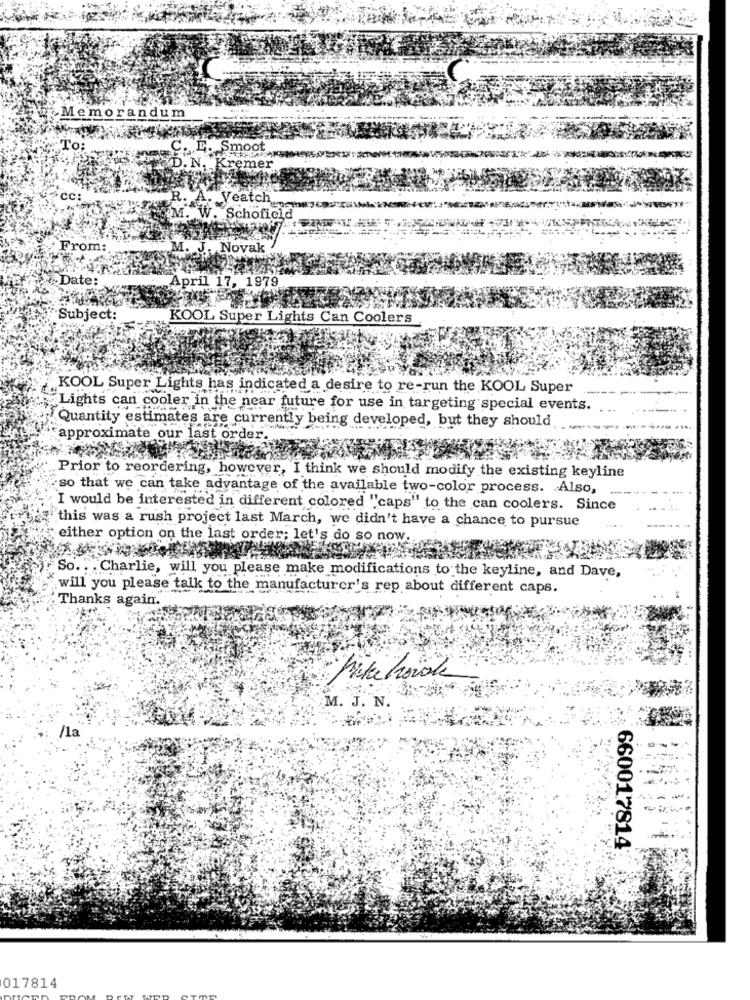
Memorandum
To:
. D. Smoot
D. N. Kremer
CC:
: A. Veatch
M. W. Schofield
From:
M. J. Novak
Date:
,April 17, 1979
Subject:
KOOL Super Lights Can Coolers
KOOL Super Lights has indicated a desire to re-run the KOOL Super
Lights can cooler in the near future for use in targeting special events.
Quantity estimates are currently being developed, but they should
approximate our last order.
Prior to reordering, however, I think we should modify the existing keyline
so that we can take advantage of the available two-color process. . Also,
I would be interested in different colored "'caps" to the can coolers. Since
this was a rush project last March, we didn't have a chance to pursue
either option on the last order; let's do so now.
So. . . Charlie, will you please make modifications to the keyline, and Dave,
will you please talk to the manufacturer's rep about different caps.
Thanks again.
M. J. N.
/la
660017814
017814